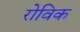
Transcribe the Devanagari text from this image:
रोविक